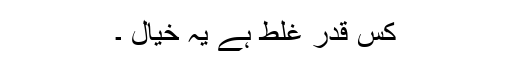
کس قدر غلط ہے یہ خیال ۔